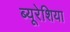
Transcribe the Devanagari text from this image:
ब्यूरेशिया